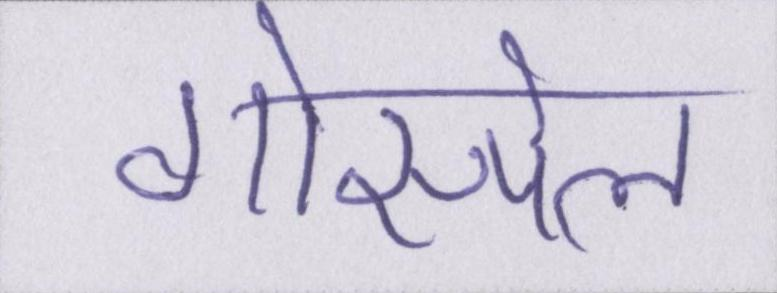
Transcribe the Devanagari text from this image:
गोस्पेल